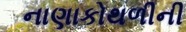
નાણાકોથળીની